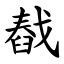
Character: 㦼